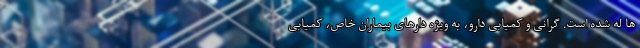
ها له شده است. گرانی و کمیابی دارو، به ویژه دارهای بیماران خاص، کمیابی